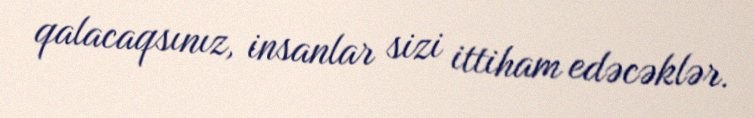
qalacaqsınız, insanlar sizi ittiham edəcəklər.